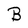
Character: B